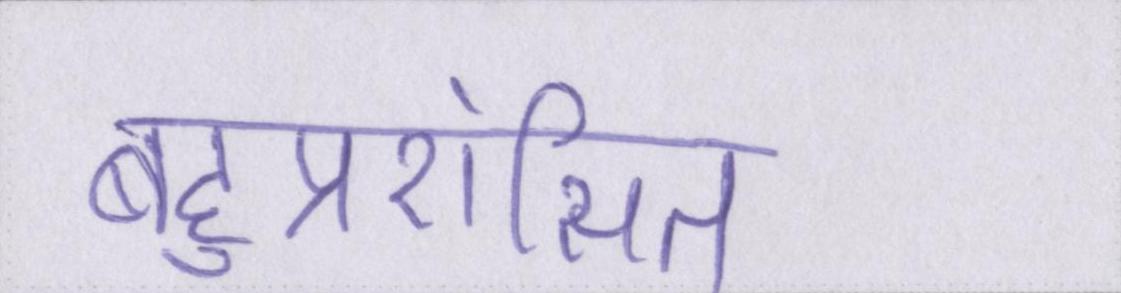
बहुप्रशंसित